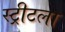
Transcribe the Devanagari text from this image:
स्ट्रीटला